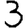
Digit: 3